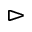
\vartriangleright